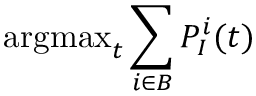
\operatorname { a r g m a x } _ { t } \sum _ { i \in B } P _ { I } ^ { i } ( t )